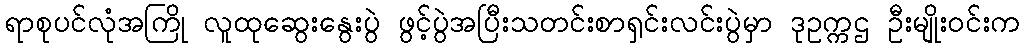
ရာစုပင်လုံအကြို လူထုဆွေးနွေးပွဲ ဖွင့်ပွဲအပြီးသတင်းစာရှင်းလင်းပွဲမှာ ဒုဥက္ကဌ ဦးမျိုးဝင်းက